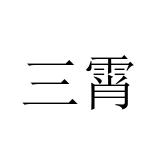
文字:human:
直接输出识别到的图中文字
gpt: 三霄